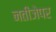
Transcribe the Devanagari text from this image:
नतीजेपर